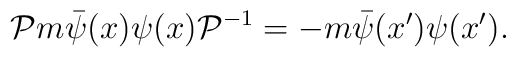
{\cal{P}} m \bar \psi (x) \psi (x)  {\cal{P}}^{-1} = - m  \bar \psi (x') \psi(x') .